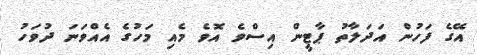
އޭގެ ފަހުން އަދަލާތު ޕާޓީން އިސްވެ އޮވެ މެއި މަހުގެ އެއްވަނަ ދުވަހު